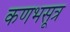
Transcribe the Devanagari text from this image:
कणभसूत्र